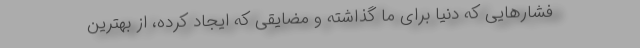
فشارهایی که دنیا برای ما گذاشته و مضایقی که ایجاد کرده، از بهترین